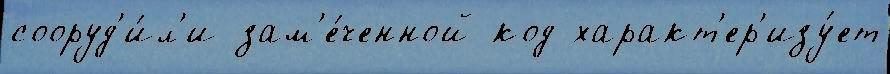
сооруд'и́л'и зам'е́ченной код характ'ер'изу́ет